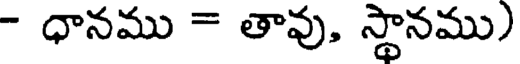
- ధానము = తావు, స్థానము)